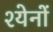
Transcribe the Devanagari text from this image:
श्येनों